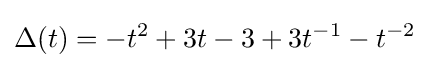
\Delta (t)=-t^{2}+3t-3+3t^{-1}-t^{-2}